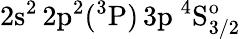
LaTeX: \mathrm{2s^{2}\, 2p^{2}(^{3}P)\, 3p~^{4}S_{3/2}^{o}}